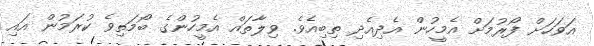
އަވަހަށް ފޯރުމަށް އެމީހުން އެދިއެދި ތިބިއެވެ. ވިލާތައް އެމީހުންގެ ބޯމަތިވެ ކުރަމުން އައި